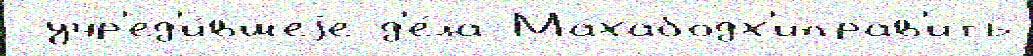
 учр'ед'и́вшеjе д'е́ла Махабодх'иправ'ить